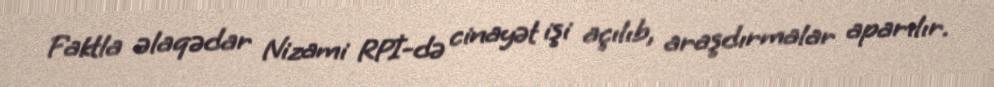
Faktla əlaqədar Nizami RPİ-də cinayət işi açılıb, araşdırmalar aparılır.